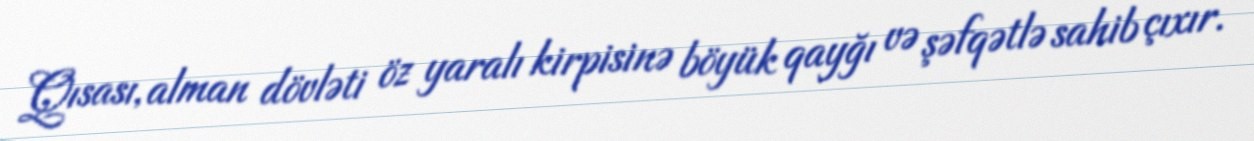
Qısası, alman dövləti öz yaralı kirpisinə böyük qayğı və şəfqətlə sahib çıxır.